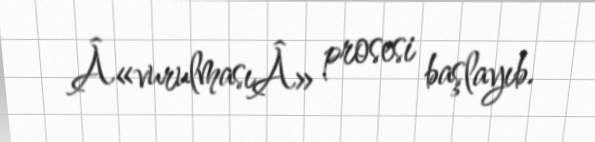
Â«vurulmasıÂ» prosesi başlayıb.